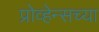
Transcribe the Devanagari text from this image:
प्रोव्हेन्सच्या